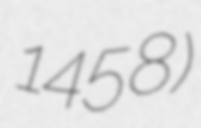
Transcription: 1458)